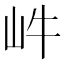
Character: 𡵜